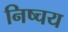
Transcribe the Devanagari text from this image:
निष्चय